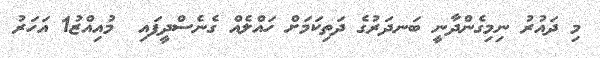
މި ދައުރު ނިމިގެންދާނީ ބަނދަރުގެ ދަތިކަމަށް ހައްލެއް ގެނެސްދީފައި  މުއިއްޒު1 އަހަރު